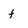
Character: f